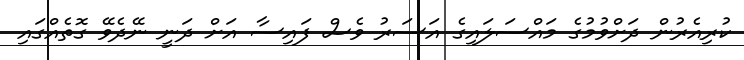
ކުރިއެރުން ދަށްވުމުގެ މައްސަލައިގެ އަސަރު ވެސް ފައިސާ އަށް ދަނީ ނޭދެވޭ ގޮތެއްގައި